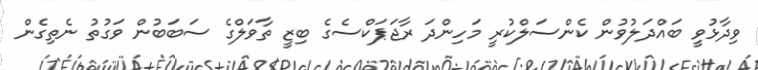
ވިދާޅުވީ ބައްދަލުވުން ކެންސަލްކުރީ މަހިންދަ ރާޖަޕަކްސެގެ ބިޒީ ތާވަލްގެ ސަބަބުން ވަގުތު ނެތިގެން